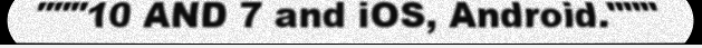
"""10 AND 7 and iOS, Android."""